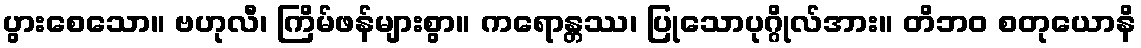
ပွားစေသော။ ဗဟုလီ၊ ကြိမ်ဖန်များစွာ။ ကရောန္တဿ၊ ပြုသောပုဂ္ဂိုလ်အား။ တိဘဝ စတုယောနိ